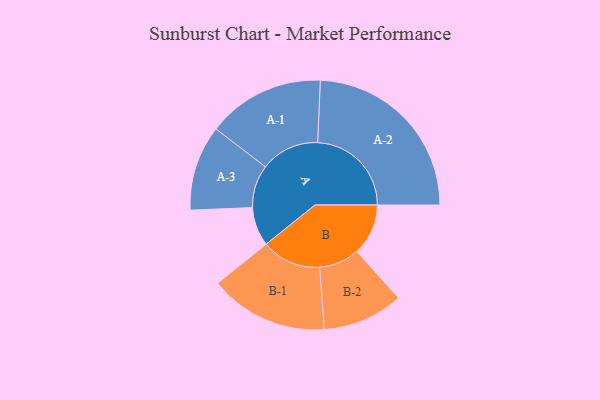
{"axis": {"x": "Segment", "y": "Value"}, "legend": ["", "A", "B"], "data": [{"x": "A", "y": 116, "type": ""}, {"x": "B", "y": 153, "type": ""}, {"x": "A-1", "y": 175, "type": "A"}, {"x": "A-2", "y": 279, "type": "A"}, {"x": "A-3", "y": 127, "type": "A"}, {"x": "B-1", "y": 177, "type": "B"}, {"x": "B-2", "y": 120, "type": "B"}]}